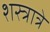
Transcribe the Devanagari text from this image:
शस्त्रात्रे